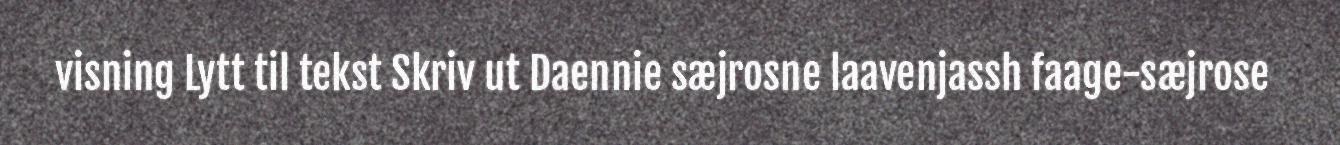
visning Lytt til tekst Skriv ut Daennie sæjrosne laavenjassh faage-sæjrose